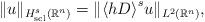
LaTeX: \begin{align*}\lVert u\rVert_{H^s_{\mathrm{scl}}(\mathbb{R}^n)} = \lVert {\langle hD\rangle}^su\rVert_{L^2(\mathbb{R}^n)},\end{align*}